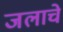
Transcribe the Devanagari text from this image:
जलाचे